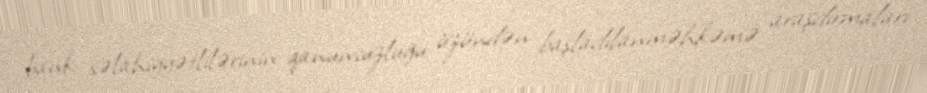
bank səlahiyyətlilərinin qanunsuzluğu üzündən başladılanməhkəmə araşdırmaları